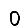
Digit: 0